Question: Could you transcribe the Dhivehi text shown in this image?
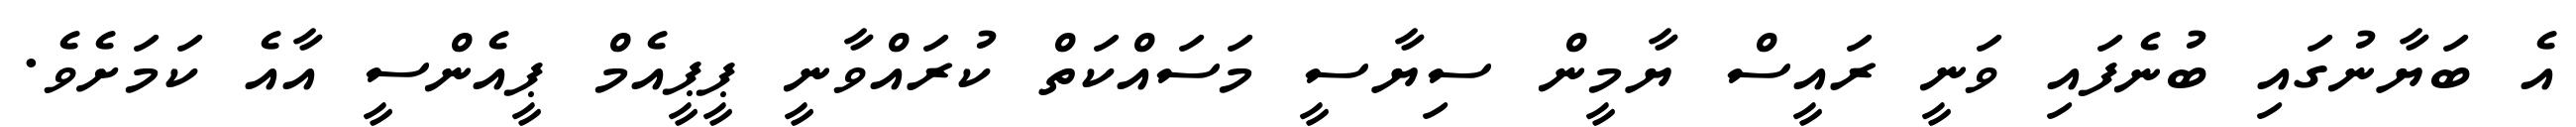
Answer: އެ ބަޔާނުގައި ބުނެފައި ވަނީ ރައީސް ޔާމީން ސިޔާސީ މަސައްކަތް ކުރައްވާނީ ޕީޕީއެމް ޕީއެންސީ އާއެ ކަމަށެވެ.